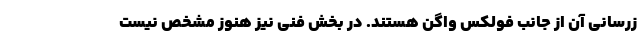
زرسانی آن از جانب فولکس واگن هستند. در بخش فنی نیز هنوز مشخص نیست